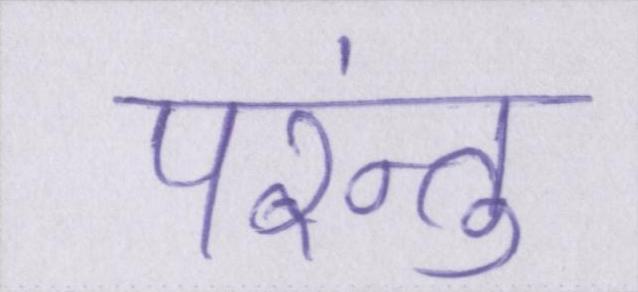
परंन्तु